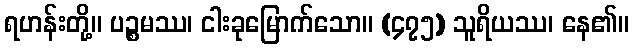
ရဟန်းတို့။ ပဉ္စမဿ၊ ငါးခုမြောက်သော။ (၄၇၅) သူရိယဿ၊ နေ၏။